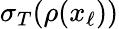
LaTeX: \sigma_{T}(\rho(x_{\ell}))